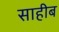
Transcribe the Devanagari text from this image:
साहीब